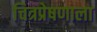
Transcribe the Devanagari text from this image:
चित्रप्रेषणाला